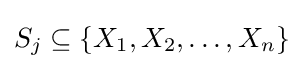
S_{j}\subseteq \{X_{1},X_{2},\dots ,X_{n}\}